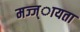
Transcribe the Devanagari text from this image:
मज्ज्ायता